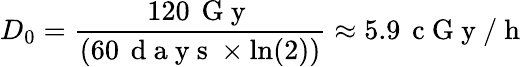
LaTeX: D_{0}=\frac{120\, \mathrm{~G~y~}}{(60\, \mathrm{~d~a~y~s~}\times\ln(2))}\approx 5.9\, \mathrm{~c~G~y~/~h~}